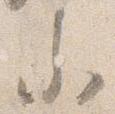
参